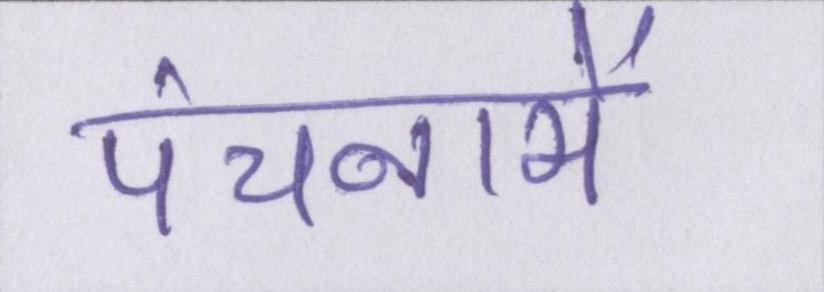
पंचनामें